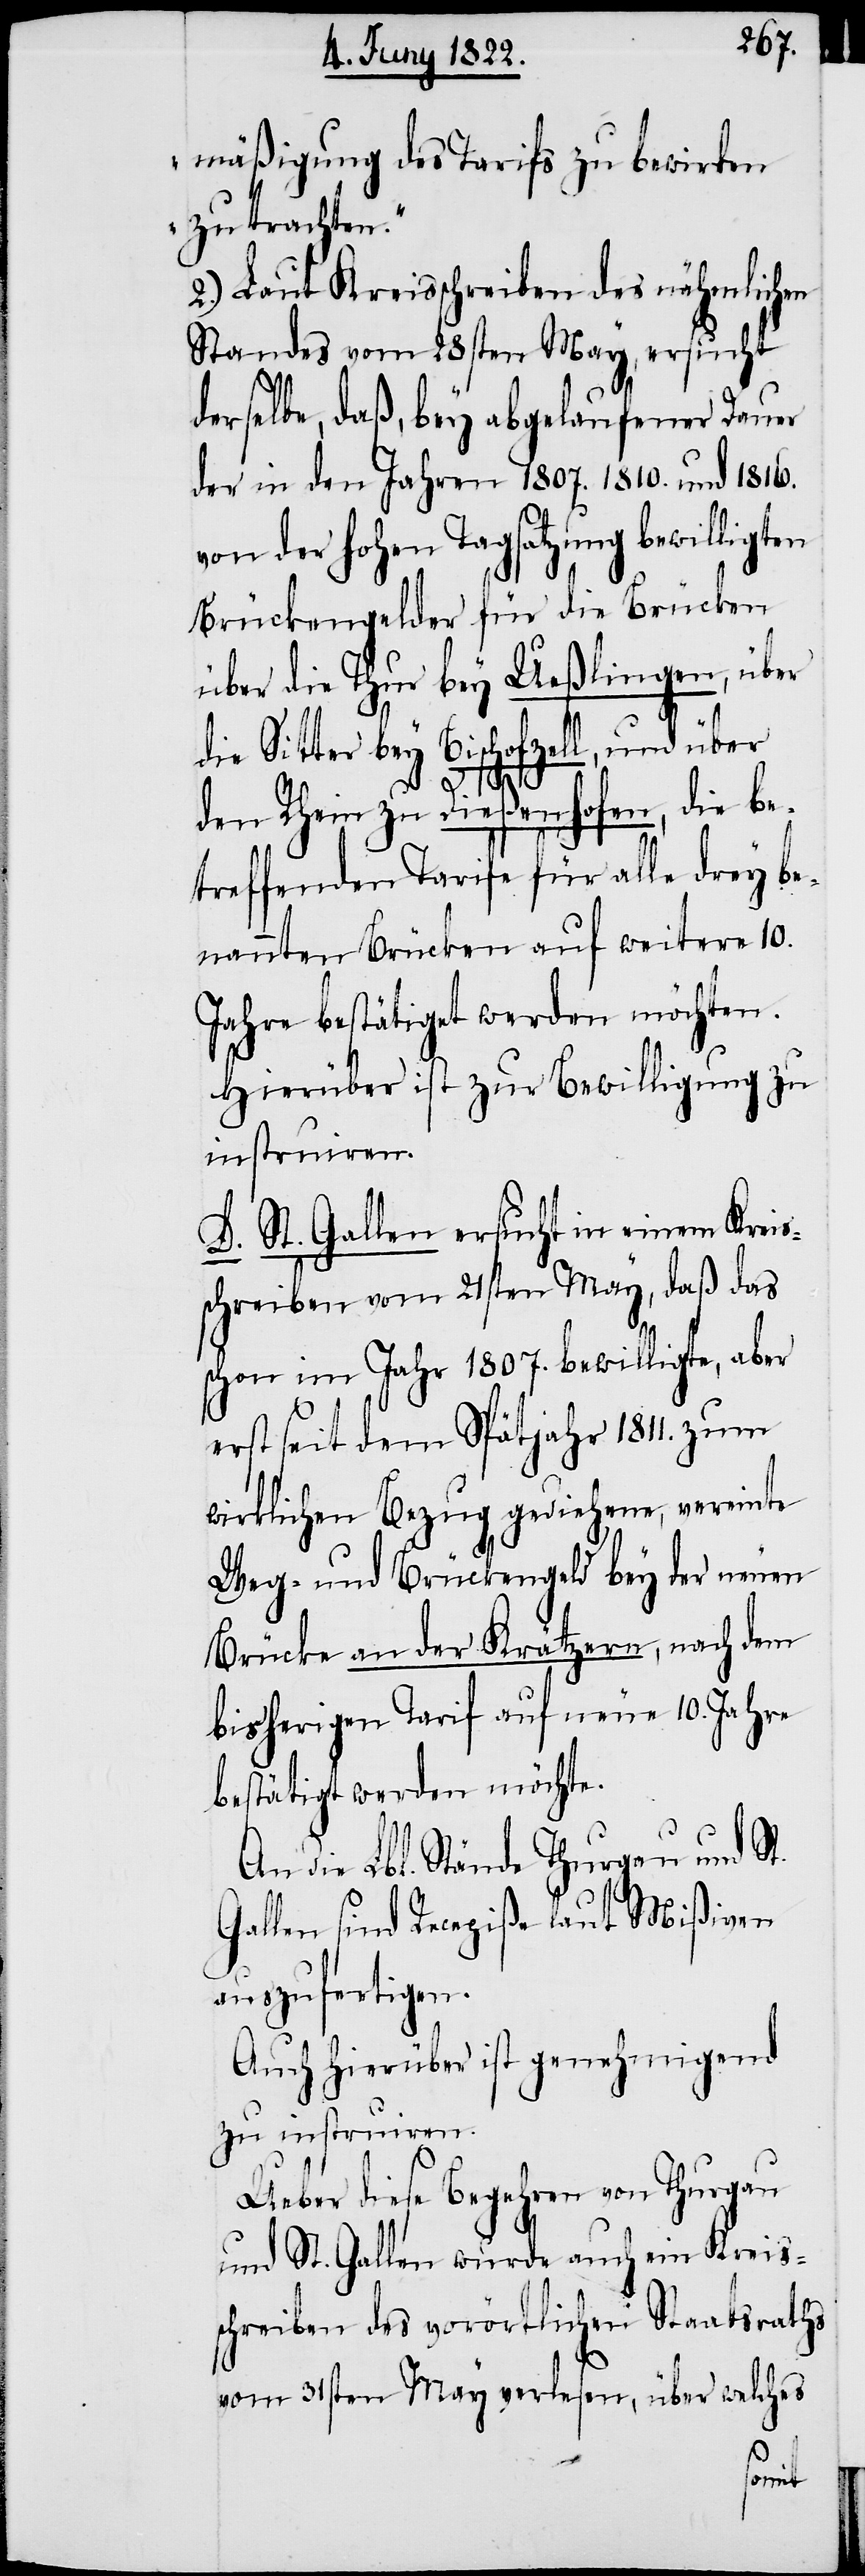
mäßigung des Tarifs zu bewirken
zu trachten.“
2.) Laut Kreisschreiben des nähmlichen
Standes vom 28sten May, ersucht
derselbe, daß, bey abgelaufener Dauer
der in den Jahren 1807. 1810. und 1816.
von der hohen Tagsatzung bewilligten
Brückengelder für die Brücken
über die Thur bey Ueßlingen, über
die Sitter bey Bischofzell, und über
den Rhein zu Dießenhofen, die be¬
treffenden Tarife für alle drey be¬
nannten Brücken auf weitere 10.
Jahre bestätigt werden möchten.
Hierüber ist zur Bewilligung zu
instruiren.
D. St. Gallen ersucht in einen Kreis¬
schreiben vom 21sten May, daß das
schon im Jahr 1807. bewilligte, aber
erst seit dem Spätjahr 1811. zum
wirklichen Bezug gediehene, vereinte
Weg- und Brückengeld bey der neuen
Brücke an der Krätzern, nach dem
bisherigen Tarif auf neue 10. Jahre
bestätigt werden möchte.
An die Lbl. Stände Thurgau und St.
Gallen sind Recepiße laut Mißiven
auszufertigen.
Auch hierüber ist genehmigend
zu instruiren.
Ueber diese Begehren von Thurgau
und St. Gallen wurde auch ein Kreis¬
schreiben des vorörtlichen Staatsraths
vom 31sten May verlesen, über welches